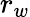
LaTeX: r_{w}